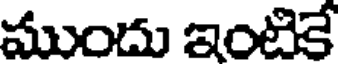
ముందు ఇంటికే